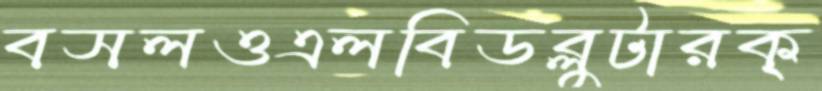
বসলওএলবিডব্লুটারক্